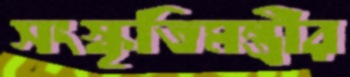
সংস্কৃতিমন্ত্রীর